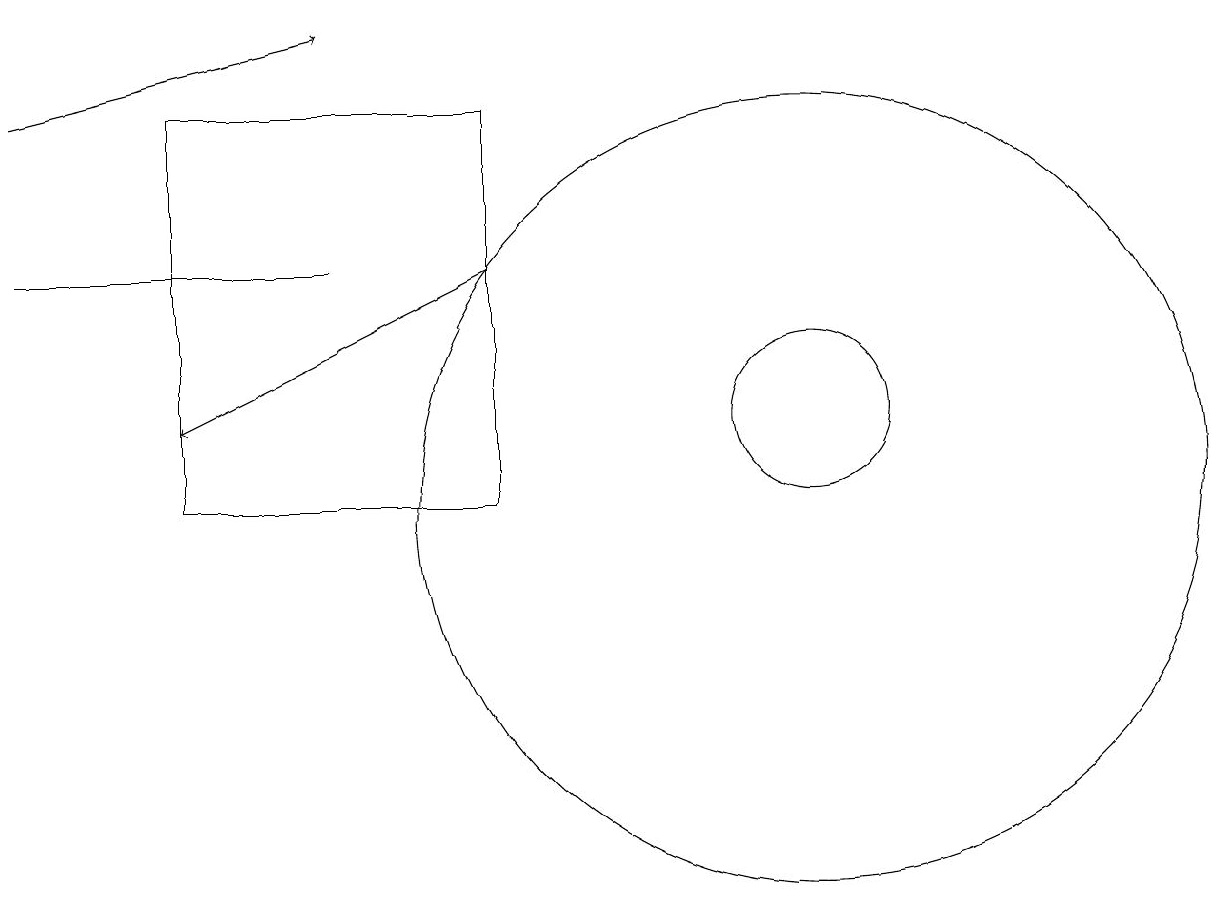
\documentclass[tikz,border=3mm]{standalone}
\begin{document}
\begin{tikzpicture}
\draw[->] (6,14) -- (2,12);
\draw[->] (0,16) -- (4,17);
\draw (0,14) rectangle (4,14);
\draw (10,12) circle (1);
\draw (10,11) circle (5);
\draw (6,16) rectangle (2,11);
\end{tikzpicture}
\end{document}